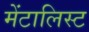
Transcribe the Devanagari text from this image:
मेंटालिस्ट